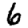
Digit: 6